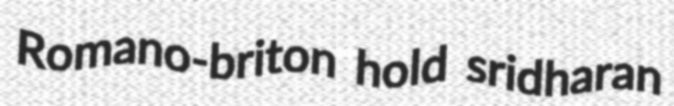
Romano-briton hold sridharan